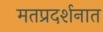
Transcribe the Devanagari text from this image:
मतप्रदर्शनात